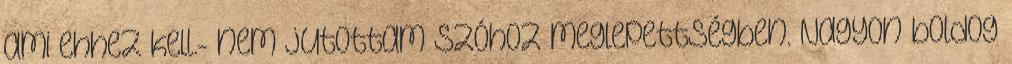
ami ehhez kell.- nem jutottam szóhoz meglepettségben. Nagyon boldog